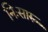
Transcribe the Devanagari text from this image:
निःसारु